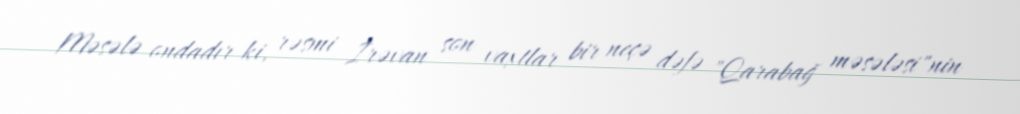
Məsələ ondadır ki, rəsmi İrəvan son vaxtlar bir neçə dəfə "Qarabağ məsələsi"nin